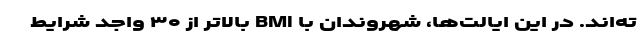
ته‌اند. در این ایالت‌ها، شهروندان با BMI بالاتر از ۳۰ واجد شرایط